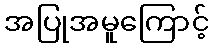
အပြုအမူကြောင့်